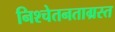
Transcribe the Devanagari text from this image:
निश्चेतनताग्रस्त